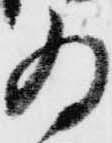
為